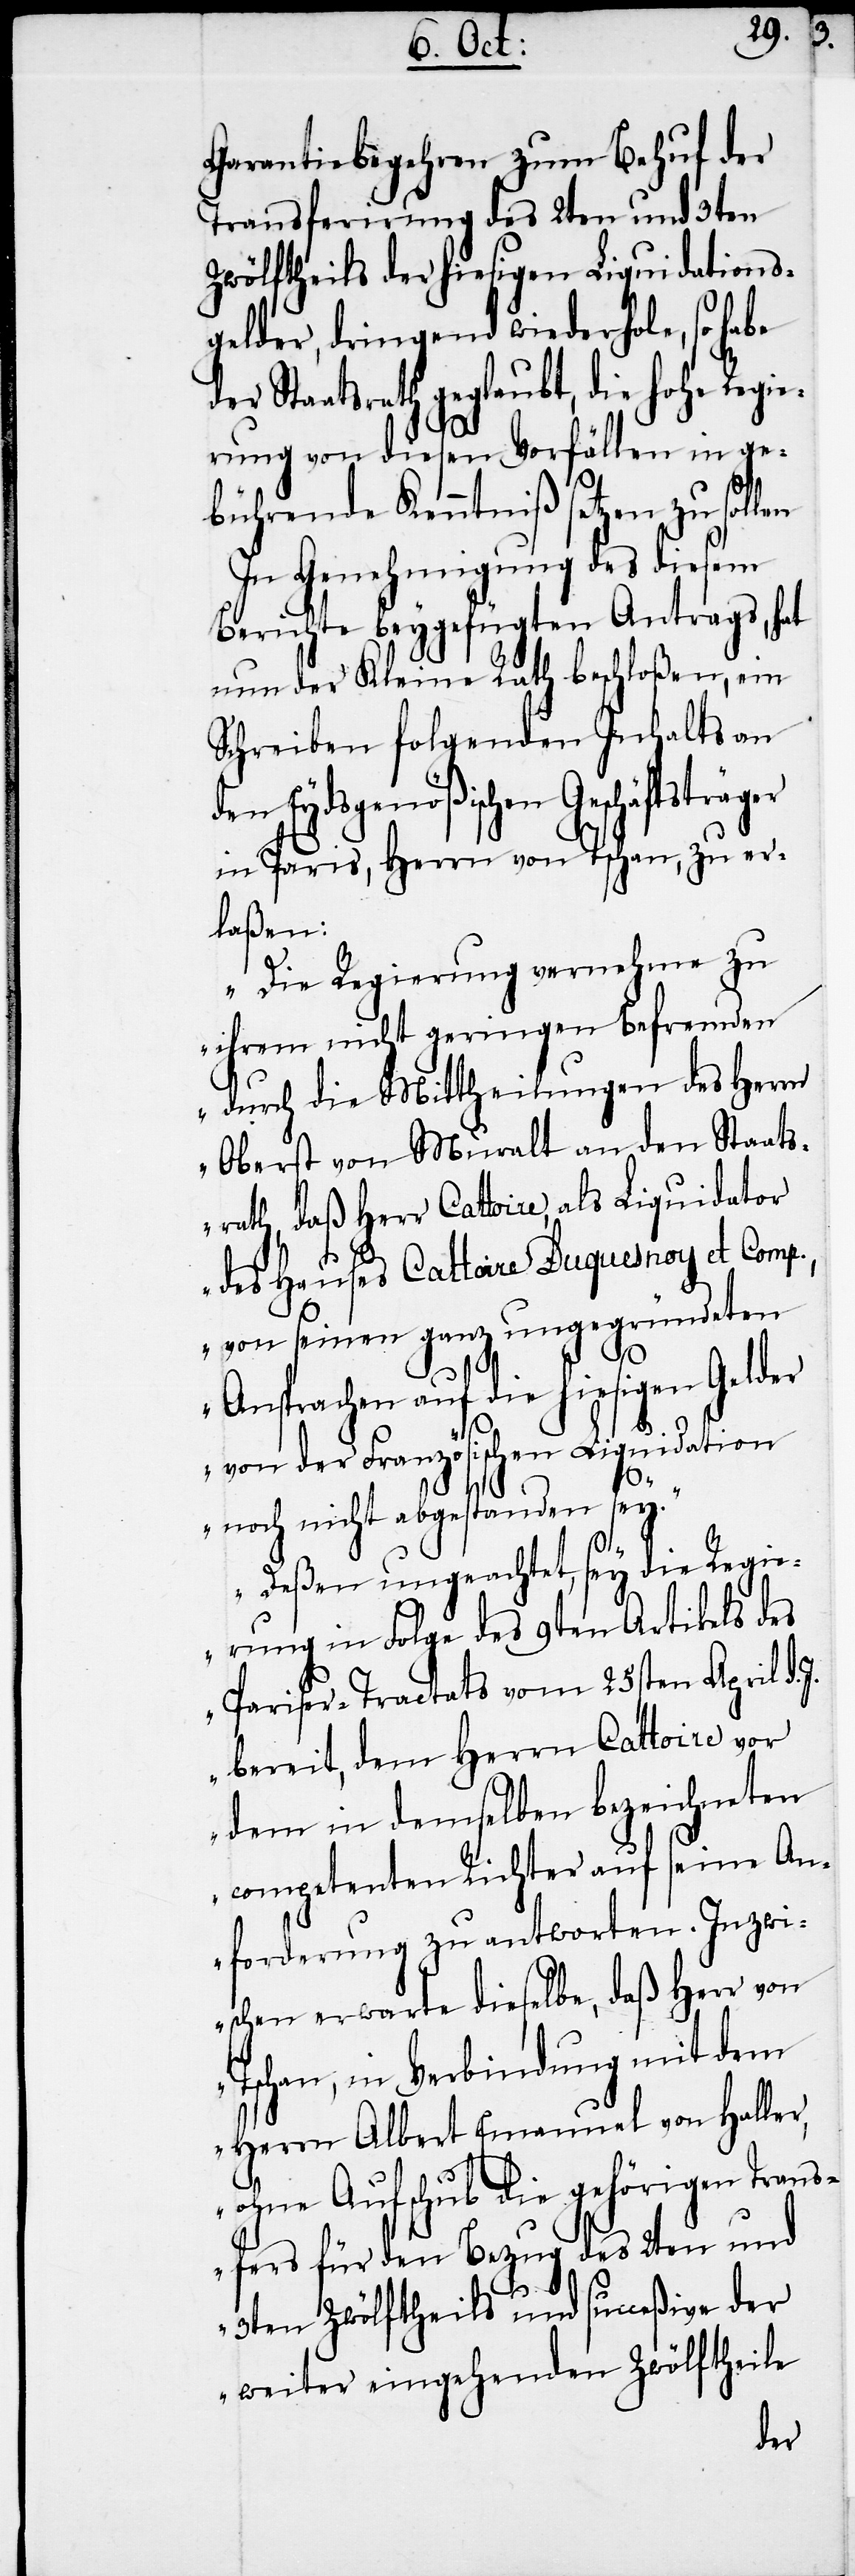
Garantiebegehren zum Behuf der
Transferirung des 2ten und 3ten
Zwölftheils der hiesigen Liquidations¬
gelder, dringend wiederhole, so habe
Staatsrath geglaubt, die hohe Regi¬
erung von diesen Vorfällen in ge¬
bührende Kenntniß setzen zu sollen
In Genehmigung des diesem
Berichte beygefügten Antrags, hat
nun der Kleine Rath beschloßen, ein
Schreiben folgenden Inhalts an
en Eydsgenößischen Geschäftsträ¬
in Paris, Herrn von Tschan, zu er¬
laßen:
„Die Regierung vernehme zu
ihrem nicht geringen Befremden
durch die Mittheilungen des Herrn
Oberst von Muralt an den Staats¬
rath, daß Herr Cattoire, als Liquidator
des Hauses Cattoire Duquesnoy et Comp.
von seinen ganz ungegründeten
Ansprachen auf die hiesigen Gelder
von der Französischen Liquidation
ger
noch nicht abgestanden sey.“
d¬
„Deßen ungeachtet, sey die Regi¬
erung in Folge des 9ten Artikels des
Pariser-Tractats vom 25sten April d.
bereit, dem Herrn Cattoire vor
dem in demselben bezeichneten
competenten Richter auf seine An¬
forderung zu antworten. Inzwi¬
schen erwarte dieselbe, daß Herr von
Tschan, in Verbindung mit dem
Herrn Albert Emanuel von Haller,
ohne Aufschub die gehörigen Tran¬
sfers für den Bezug des 2ten und
3ten Zwölftheils und succeßive der
weiter eingehenden Zwölftheile
der